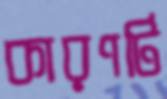
কারণটি